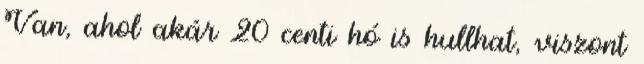
Van, ahol akár 20 centi hó is hullhat, viszont